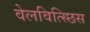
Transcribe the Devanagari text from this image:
वेलवित्स्छिस